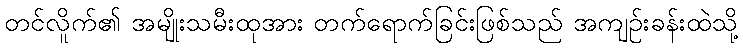
တင်လိူက်၏ အမျိုးသမီးထုအား တက်ရောက်ခြင်းဖြစ်သည် အကျဉ်းခန်းထဲသို့